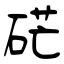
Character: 硭